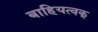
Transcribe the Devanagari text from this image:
बाहियत्वक्‌